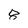
Character: 8